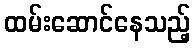
ထမ်းဆောင်နေသည့်